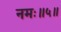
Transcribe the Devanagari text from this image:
नमः॥५॥